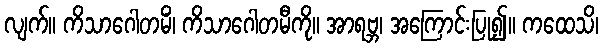
လျက်။ ကိသာဂေါတမိံ၊ ကိသာဂေါတမီကို။ အာရဗ္ဘ၊ အကြောင်းပြု၍။ ကထေသိ၊